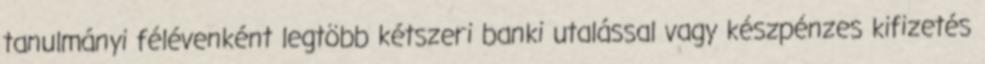
tanulmányi félévenként legtöbb kétszeri banki utalással vagy készpénzes kifizetés